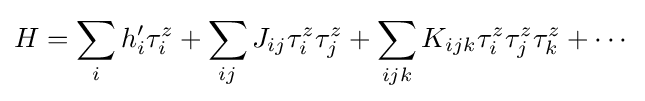
H=\sum _{i}h_{i}^{\prime }\tau _{i}^{z}+\sum _{ij}J_{ij}\tau _{i}^{z}\tau _{j}^{z}+\sum _{ijk}K_{ijk}\tau _{i}^{z}\tau _{j}^{z}\tau _{k}^{z}+\cdots